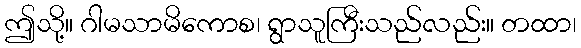
ဤသို့။ ဂါမသာမိကောစ၊ ရွာသူကြီးသည်လည်း။ တထာ၊